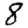
Digit: 8